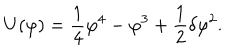
LaTeX: U ( \varphi ) = { \frac { 1 } { 4 } } \varphi ^ { 4 } - \varphi ^ { 3 } + { \frac { 1 } { 2 } } \delta \varphi ^ { 2 } .